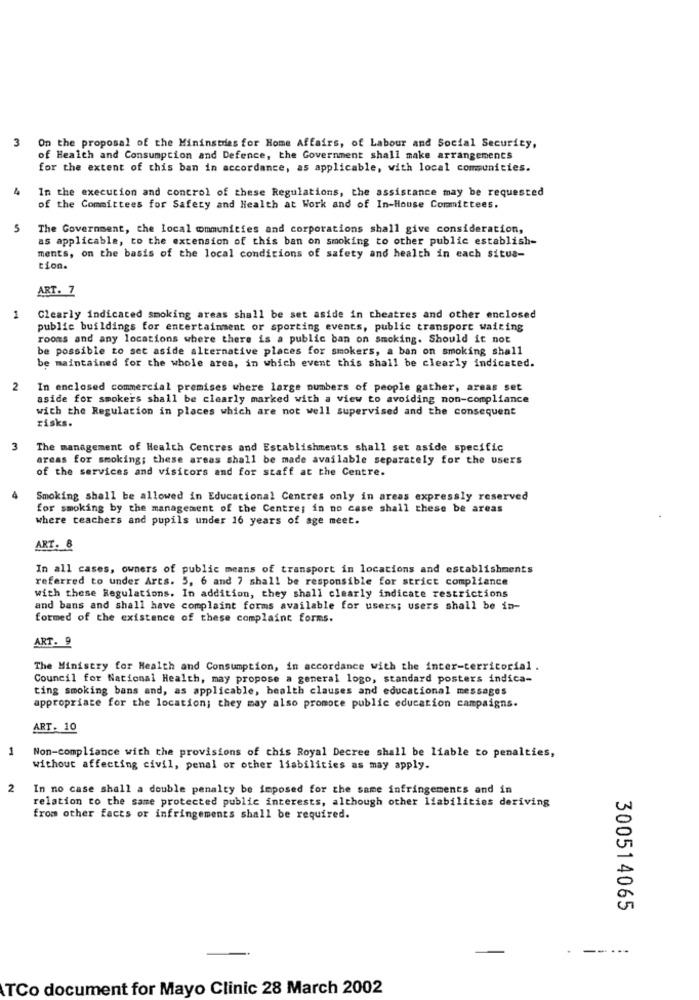
3
On the proposal of the Mininstries for Home Affairs, of Labour and Social Security,
of Health and Consumption and Defence, the Government shall make arrangements
for the extent of this ban in accordance, as applicable, with local communities.
In the execution and control of these Regulations, the assistance may be requested
of the Committees for Safety and Health at Work and of In-House Committees.
5
The Government, the local communities and corporations shall give consideration,
as applicable, to the extension of this ban on smoking to other public establish-
ments, on the basis of the local conditions of safety and health in each situa-
tion.
ART. 7
1
Clearly indicated smoking areas shall be set aside in theatres and other enclosed
public buildings for entertainment or sporting events, public transport waiting
rooms and any locations where there is a public ban on smoking. Should it not
be possible to set aside alternative places for smokers, a ban on smoking shall
be maintained for the whole area, in which event this shall be clearly indicated.
2
In enclosed commercial premises where large numbers of people gather, areas set
aside for smokers shall be clearly marked with a view to avoiding non-compliance
with the Regulation in places which are not well supervised and the consequent
risks.
3
The management of Health Centres and Establishments shall set aside specific
areas for smoking; these areas shall be made available separately for the users
of the services and visitors and for staff at the Centre.
Smoking shall be allowed in Educational Centres only in areas expressly reserved
for smoking by the management of the Centre; in no case shall these be areas
where teachers and pupils under 16 years of age meet.
ART. 8
In all cases, owners of public means of transport in locations and establishments
referred to under Arts. 5, 6 and 7 shall be responsible for strict compliance
with these Regulations. In addition, they shall clearly indicate restrictions
and bans and shall have complaint forms available for users; users shall be in-
formed of the existence of these complaint forms.
ART. 9
The Ministry for Health and Consumption, in accordance with the inter-territorial .
Council for National Health, may propose a general logo, standard posters indica-
ting smoking bans and, as applicable, health clauses and educational messages
appropriate for the location; they may also promoce public education campaigns.
ART. 10
1
Non-compliance with the provisions of this Royal Decree shall be liable to penalties,
without affecting civil, penal or other liabilities as may apply.
2
In no case shall a double penalty be imposed for the same infringements and in
relation to the same protected public interests, although other liabilities deriving
from other facts or infringements shall be required.
300514065
-----
TCo document for Mayo Clinic 28 March 2002